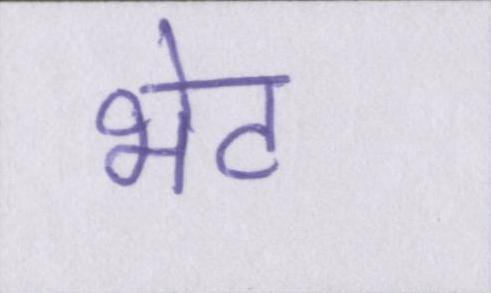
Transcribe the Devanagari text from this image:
भेट